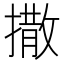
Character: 撒